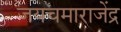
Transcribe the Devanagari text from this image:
जयचमाराजेंद्र